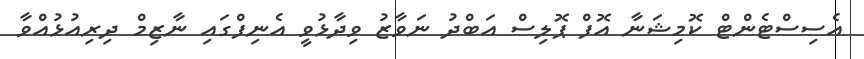
އެސިސްޓެންޓް ކޮމިޝަނާ އޮފް ޕޮލިސް އަބްދު ނަވާޒު ވިދާޅުވީ އެނިފްގައި ނާޒިމް ދިރިއުޅުއްވާ